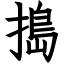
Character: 搗